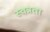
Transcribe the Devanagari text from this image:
स्वत्रता